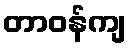
တာဝန်ကျ